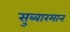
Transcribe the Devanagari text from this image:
सुब्बारमान